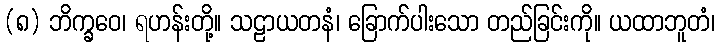
(၈) ဘိက္ခဝေ၊ ရဟန်းတို့။ သဠာယတနံ၊ ခြောက်ပါးသော တည်ခြင်းကို။ ယထာဘူတံ၊